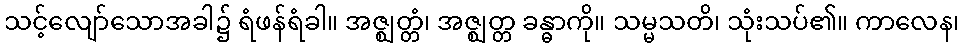
သင့်လျော်သောအခါ၌ ရံဖန်ရံခါ။ အဇ္ဈတ္တံ၊ အဇ္ဈတ္တ ခန္ဓာကို။ သမ္မသတိ၊ သုံးသပ်၏။ ကာလေန၊